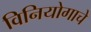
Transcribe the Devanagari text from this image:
विनियोगाचे